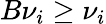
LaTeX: B{\nu}_{i}\geq\nu_{i}